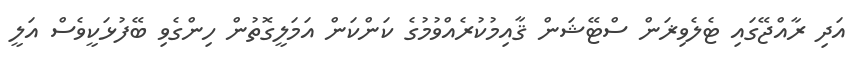
އަދި ރާއްޖޭގައި ޓެލެވިޜަން ސްޓޭޝަން ޤާއިމުކުރެއްވުމުގެ ކަންކަން އަމަލީގޮތުން ހިންގެވި ބޭފުޅަކީވެސް އަލީ